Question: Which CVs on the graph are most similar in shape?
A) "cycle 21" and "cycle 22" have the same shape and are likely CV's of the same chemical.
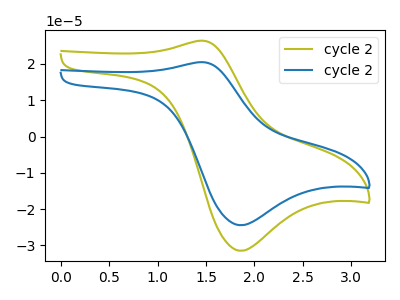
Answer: <think>The olive curve "cycle 21" has an anodic peak at (1.45V, 26.40uA) and a cathodic peak at (1.85V, -31.45uA). The blue curve "cycle 22" has an anodic peak at (1.45V, 20.50uA) and a cathodic peak at (1.85V, -24.45uA).
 All the peaks in "cycle 21" have a peak in "cycle 22" at the same potential. Every peak in "cycle 21" is higher than every peak in "cycle 22".</think>
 <answer>A) "cycle 21" and "cycle 22" have the same shape and are likely CV's of the same chemical.</answer>
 <eval>A</eval>